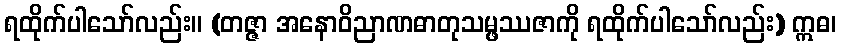
ရထိုက်ပါသော်လည်း။ (တဇ္ဇာ အနောဝိညာဏဓာတုသမ္ဖဿဇာကို ရထိုက်ပါသော်လည်း) ဣဓ၊